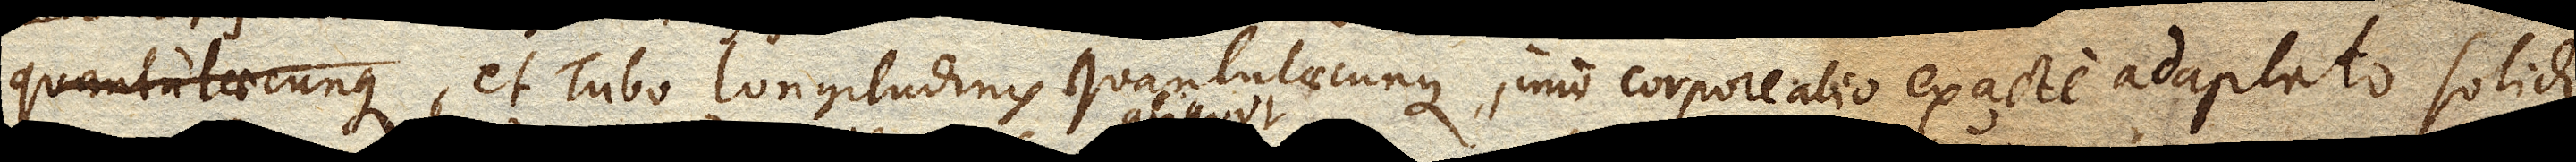
et Tubo longitudinis quantulaecunque, imo corpore alio exacte adaptato solido